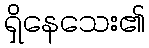
ရှိနေသေး၏